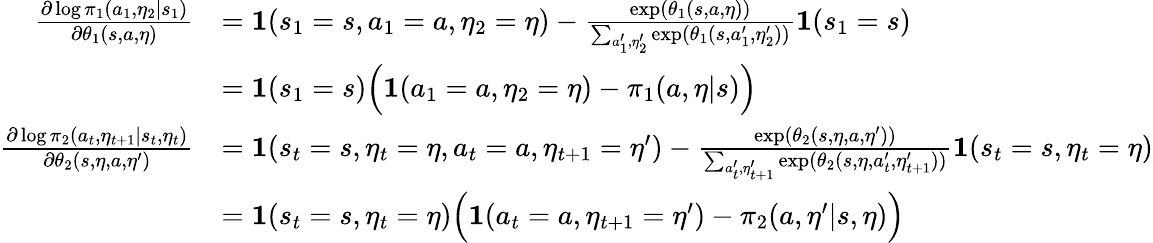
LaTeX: \begin{array}{rl}{\frac{\partial\log\pi_{1}(a_{1},\eta_{2}|s_{1})}{\partial\theta_{1}(s,a,\eta)}}&{=\textbf{1}(s_{1}=s,a_{1}=a,\eta_{2}=\eta)-\frac{\exp(\theta_{1}(s,a,\eta))}{\sum_{a_{1}^{\prime},\eta_{2}^{\prime}}\exp(\theta_{1}(s,a_{1}^{\prime},\eta_{2}^{\prime}))}\textbf{1}(s_{1}=s)}\\ &{=\textbf{1}(s_{1}=s)\Big(\textbf{1}(a_{1}=a,\eta_{2}=\eta)-\pi_{1}(a,\eta|s)\Big)}\\ {\frac{\partial\log\pi_{2}(a_{t},\eta_{t+1}|s_{t},\eta_{t})}{\partial\theta_{2}(s,\eta,a,\eta^{\prime})}}&{=\textbf{1}(s_{t}=s,\eta_{t}=\eta,a_{t}=a,\eta_{t+1}=\eta^{\prime})-\frac{\exp(\theta_{2}(s,\eta,a,\eta^{\prime}))}{\sum_{a_{t}^{\prime},\eta_{t+1}^{\prime}}\exp(\theta_{2}(s,\eta,a_{t}^{\prime},\eta_{t+1}^{\prime}))}\textbf{1}(s_{t}=s,\eta_{t}=\eta)}\\ &{=\textbf{1}(s_{t}=s,\eta_{t}=\eta)\Big(\textbf{1}(a_{t}=a,\eta_{t+1}=\eta^{\prime})-\pi_{2}(a,\eta^{\prime}|s,\eta)\Big)}\end{array}